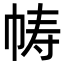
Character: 帱